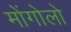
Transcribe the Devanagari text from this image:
मोंगोलो